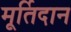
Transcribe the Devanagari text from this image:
मूर्तिदान